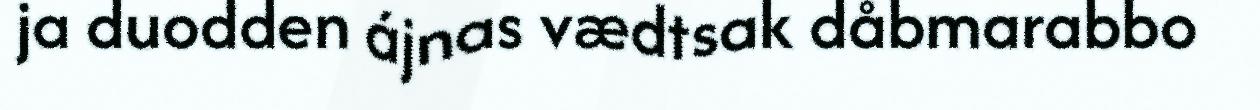
ja duodden ájnas vædtsak dåbmarabbo